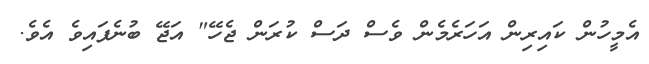
އެމީހުން ކައިރިން އަހަރެމެން ވެސް ދަސް ކުރަން ޖެހޭ" އަޖޭ ބުނެފައިވެ އެވެ.